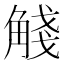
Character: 𧣴